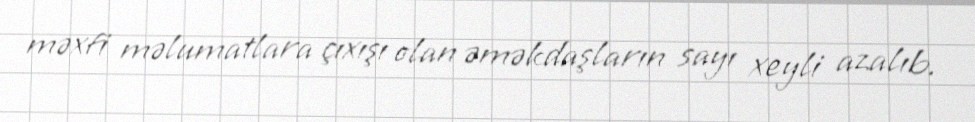
məxfi məlumatlara çıxışı olan əməkdaşların sayı xeyli azalıb.